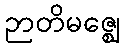
ဉာတိမဇ္ဈေ